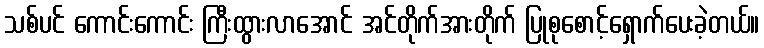
သစ်ပင် ကောင်းကောင်း ကြီးထွားလာအောင် အင်တိုက်အားတိုက် ပြုစုစောင့်ရှောက်ပေးခဲ့တယ်။